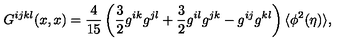
G ^ { i j k l } ( x , x ) = \frac { 4 } { 1 5 } \left( \frac { 3 } { 2 } g ^ { i k } g ^ { j l } + \frac { 3 } { 2 } g ^ { i l } g ^ { j k } - g ^ { i j } g ^ { k l } \right) \langle \phi ^ { 2 } ( \eta ) \rangle ,